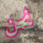
نحن